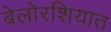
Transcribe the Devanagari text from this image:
बेलोरशियात